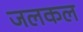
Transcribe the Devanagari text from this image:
जलकल